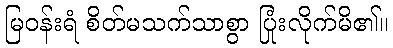
မြဝန်းရံ စိတ်မသက်သာစွာ ပြုံးလိုက်မိ၏။